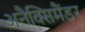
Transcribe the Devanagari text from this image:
अनैक्सिमैंडर